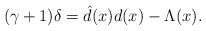
LaTeX: \begin{gather*}(\gamma+1)\delta = {\hat{d}}(x) d(x)- \Lambda ( x).\end{gather*}